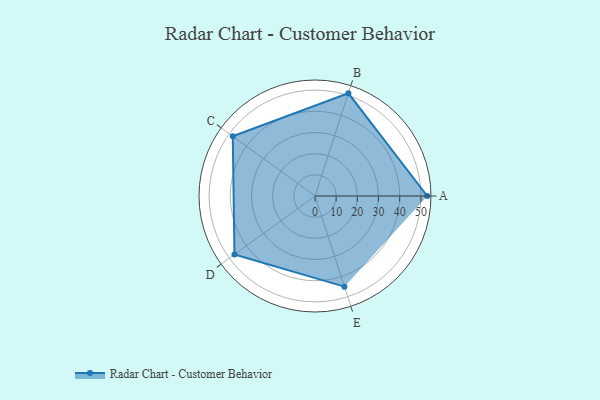
{"axis": {"x": "Skill", "y": "Score"}, "legend": ["Profile"], "data": [{"x": "A", "y": 53.0, "type": "Profile"}, {"x": "B", "y": 51.0, "type": "Profile"}, {"x": "C", "y": 48.0, "type": "Profile"}, {"x": "D", "y": 47.0, "type": "Profile"}, {"x": "E", "y": 45.0, "type": "Profile"}]}